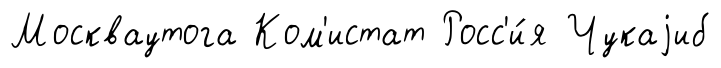
Москваутога Ком'истат Росс'и́я Чукаjиб